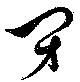
閉